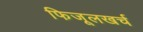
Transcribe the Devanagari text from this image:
फिजूलखर्च